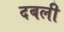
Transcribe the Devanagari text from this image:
दबली